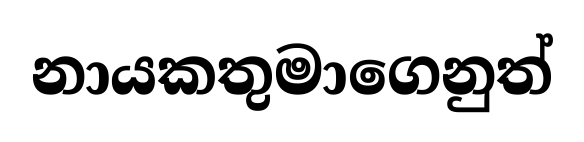
නායකතුමාගෙනුත්